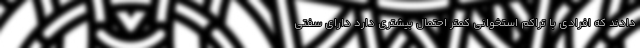
دادند که افرادی با تراکم استخوانی کمتر احتمال بیشتری دارد دارای سفتی